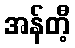
အန်တီ့